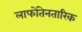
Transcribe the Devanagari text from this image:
लाफोंतेनतारिक